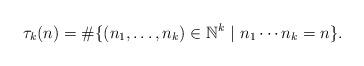
LaTeX: \begin{align*}\tau_k(n) = \# \{ (n_1, \ldots, n_k) \in \mathbb{N}^k \ | \ n_1 \cdots n_k = n \}. \end{align*}